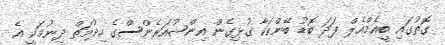
ގޮތުގައި ބީއެމްއެލް ފަދަ ބޮޑު ބޭންކަކާ ގުޅިގެން އިންޝުއަރެންސްގެ ހިދުމަތް ދިނުމަކީ އެ